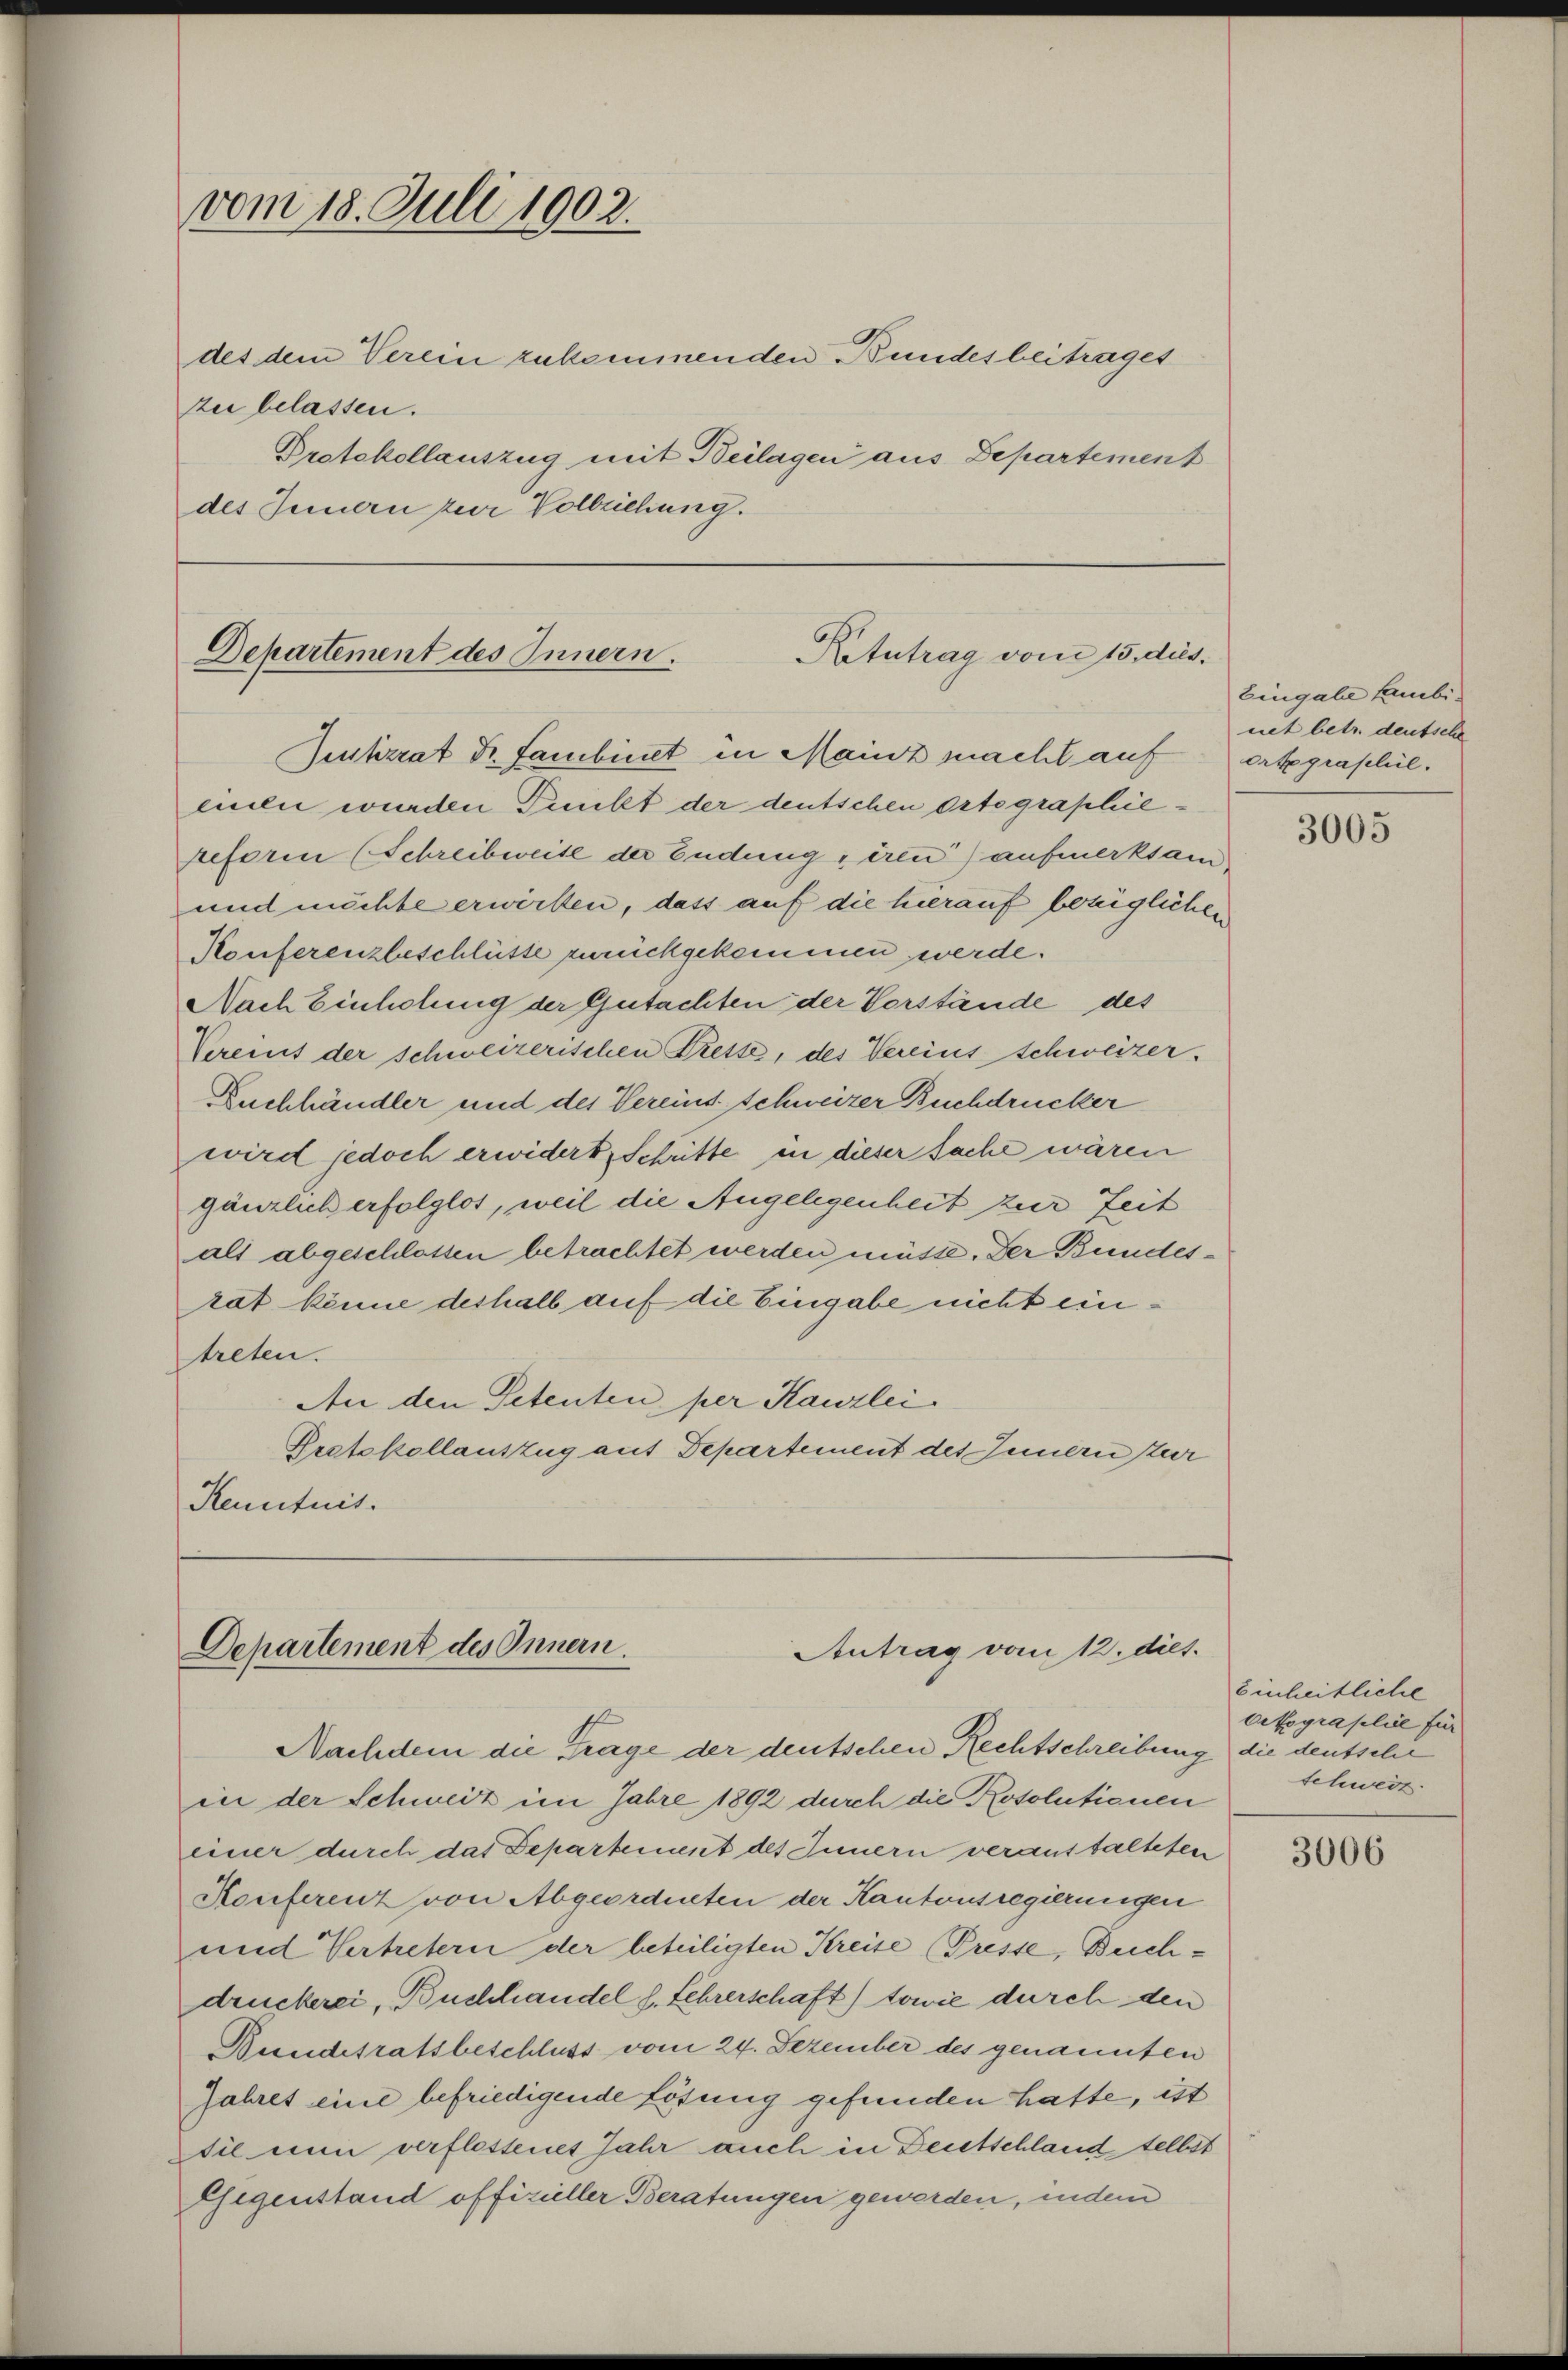
vom 18. Juli 1902.
zu belassen.
Protokollauszug mit Beilagen aus Departement
des Innern zur Vollziehung.

des dem Verein zukommenden Bundesbeitrages

Departement des Innern.
Ketutrag vom 15. dies
Justizrat Dr. Fambinet in Mainz macht auf

einen wurden Punkt der deutschen Orte graphie¬
Reform (Schreibweise der Endung iren) aufmerksam.
und möchte erwirken, dass auf die hierauf bezüglichen
Konferenzbeschlüsse zurückgekommen werde.
Nach Einholung der Gutachten der Verstände des
Vereins der schweizerischen Fresse, des Vereins schweizer.
Buchhändler und des Vereins schweizer Buchdrucker
wird jedoch erwidert, Schritte in dieser Sache wären
gänzlich erfolglos, weil die Angelegenheit zur Zeit
alt abgeschlossen betrachtet werden müsse. Der Bundesrat könne deshalb auf die Eingabe nicht eintreten.
An den Petenten per Kanzlei
Pectskollauszug auf Departement des Innern zur
Kenntnis.

Departement des Innern.
Antrag vom 12. diet.

Nachdem die Frage der deutschen Rechtschreibung die deutsche
in der Schweiz im Jahre 1892 durch die Rosolutionen
einer durch das Departement des Innern veranstalteten
Honferenz von Abgeordneten der Kantonsregierungen
und Vertretern der beteiligten Kreise (Presse, Buchdruckerei, Buchhandel s. Lehrerschaft) towie durch den
Bundesratsbeschluss vom 24. Dezember des genannten
Jahres eine befriedigende Lösung gefunden hatte, ist
Die nun verflossenes Jahr auch in Deutschland selbst
Gegenstand offizieller Beratungen gewerden, indem

Eingabe Leubinit betr. deutsche
Ortgraphil.

3005

Einheitliche
Oetograplie für
Schweiz.

3006